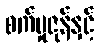
စက်မှုဇုန်နှင့်